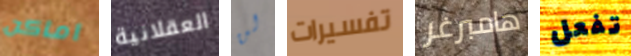
اماكن العقلانية لن تفسيرات هامبرغر تفعل